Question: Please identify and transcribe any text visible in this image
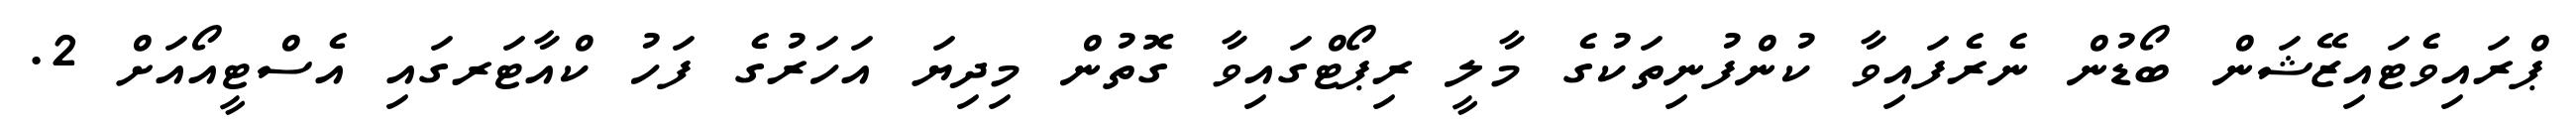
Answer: ޕްރައިވެޓައިޒޭޝަން ބޯޑުން ނެރެފައިވާ ކުންފުނިތަކުގެ މާލީ ރިޕޯޓްގައިވާ ގޮތުން މިދިޔަ އަހަރުގެ ފަހު ކްއާޓަރގައި އެސްޓީއޯއަށް 2.